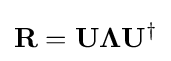
\mathbf {R} =\mathbf {U} \mathbf {\Lambda } \mathbf {U} ^{\dagger }